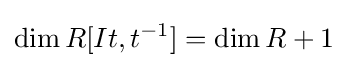
\dim R[It,t^{-1}]=\dim R+1